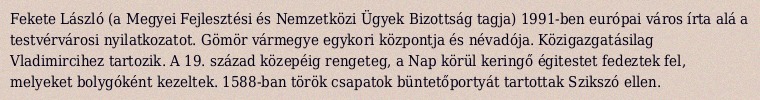
Fekete László (a Megyei Fejlesztési és Nemzetközi Ügyek Bizottság tagja) 1991-ben európai város írta alá a testvérvárosi nyilatkozatot. Gömör vármegye egykori központja és névadója. Közigazgatásilag Vladimircihez tartozik. A 19. század közepéig rengeteg, a Nap körül keringő égitestet fedeztek fel, melyeket bolygóként kezeltek. 1588-ban török csapatok büntetőportyát tartottak Szikszó ellen.